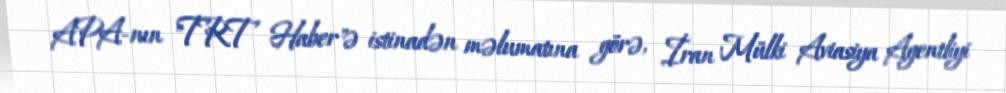
APA-nın "TRT Haber"ə istinadən məlumatına görə, İran Mülki Aviasiya Agentliyi